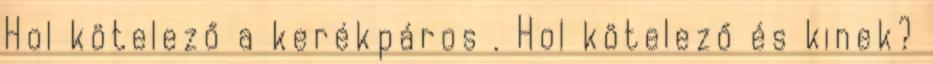
Hol kötelező a kerékpáros . Hol kötelező és kinek?